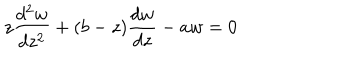
LaTeX: z \frac { d ^ { 2 } w } { d z ^ { 2 } } + ( b - z ) \frac { d w } { d z } - a w = 0